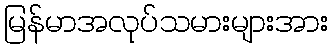
မြန်မာအလုပ်သမားများအား